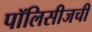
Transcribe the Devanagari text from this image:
पॉलिसीजची